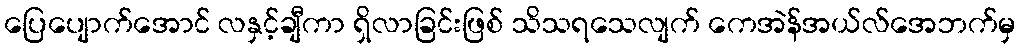
ပြေပျောက်အောင် လနှင့်ချီကာ ရှိလာခြင်းဖြစ် သိသရသေလျက် ကေအဲန်အယ်လ်အေဘက်မှ